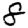
Digit: 8